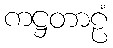
ကဋ္ဌတာဠံ